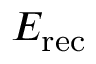
E _ { \mathrm { r e c } }